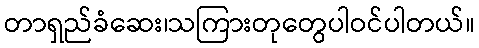
တာရှည်ခံဆေး၊သကြားတုတွေပါဝင်ပါတယ်။